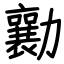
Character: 勷